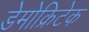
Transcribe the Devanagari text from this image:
डेमोक्रिटेक